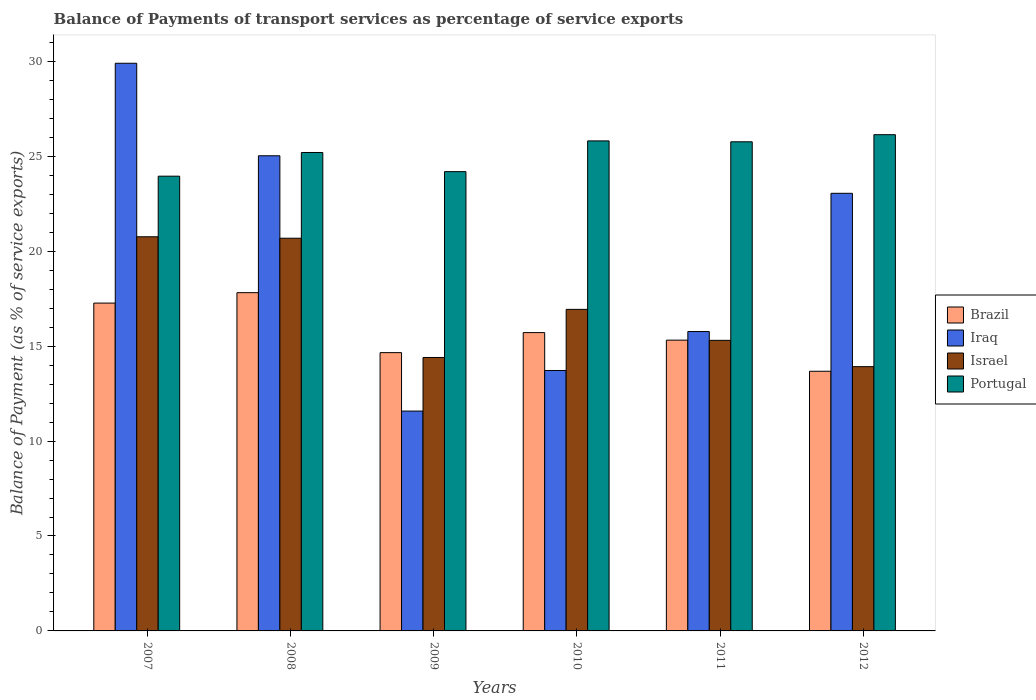
| Years | Brazil | Iraq | Israel | Portugal |
 | --- | --- | --- | --- | --- |
 | 2007 | 17.3 | 29.9 | 20.8 | 24 |
 | 2008 | 17.8 | 25 | 20.7 | 25.2 |
 | 2009 | 14.7 | 11.6 | 14.4 | 24.2 |
 | 2010 | 15.7 | 13.7 | 16.9 | 25.8 |
 | 2011 | 15.3 | 15.8 | 15.3 | 25.8 |
 | 2012 | 13.7 | 23 | 13.9 | 26.1 |